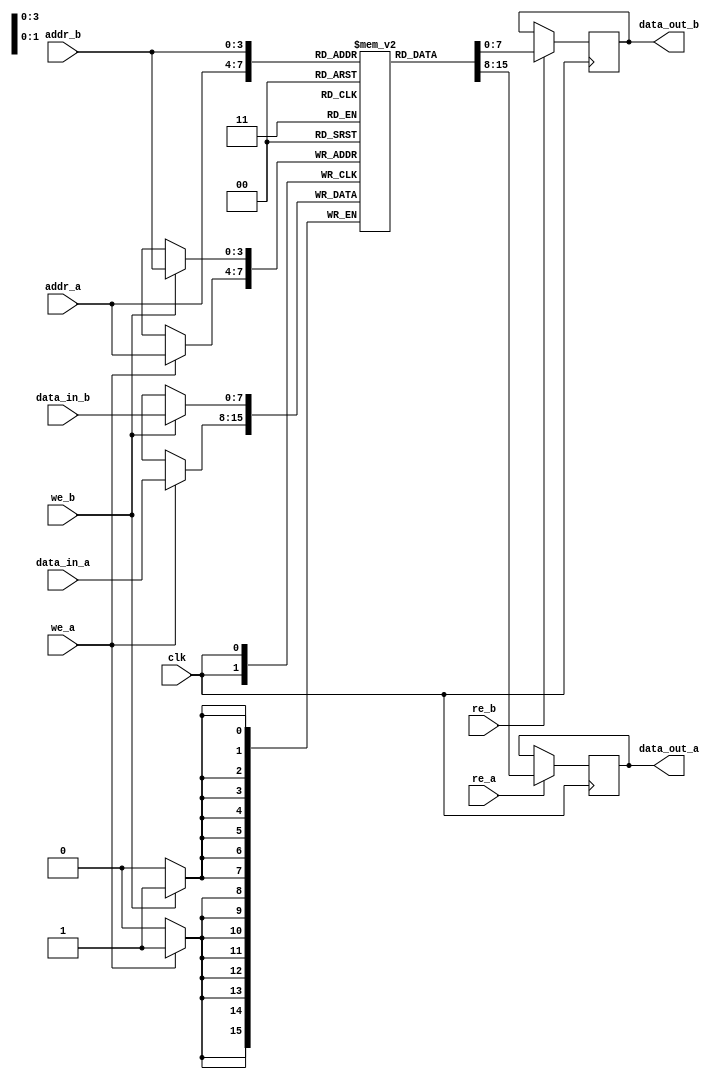
module MPSRAM #(
    parameter DATA_WIDTH = 8,    // Width of the data bus
    parameter ADDR_WIDTH = 4,     // Width of the address bus
    parameter DEPTH = 1 << ADDR_WIDTH // Depth of the memory array
)(
    input wire clk,                // Clock signal
    input wire [ADDR_WIDTH-1:0] addr_a, // Address for Port A
    input wire [ADDR_WIDTH-1:0] addr_b, // Address for Port B
    input wire [DATA_WIDTH-1:0] data_in_a, // Data input for Port A
    input wire [DATA_WIDTH-1:0] data_in_b, // Data input for Port B
    input wire we_a,               // Write enable for Port A
    input wire we_b,               // Write enable for Port B
    input wire re_a,               // Read enable for Port A
    input wire re_b,               // Read enable for Port B
    output reg [DATA_WIDTH-1:0] data_out_a, // Data output for Port A
    output reg [DATA_WIDTH-1:0] data_out_b  // Data output for Port B
);

    // Memory array declaration
    reg [DATA_WIDTH-1:0] mem_array [0:DEPTH-1];

    // Port A read/write logic
    always @(posedge clk) begin
        if (we_a) begin
            mem_array[addr_a] <= data_in_a; // Write data to memory
        end
        if (re_a) begin
            data_out_a <= mem_array[addr_a]; // Read data from memory
        end
    end

    // Port B read/write logic
    always @(posedge clk) begin
        if (we_b) begin
            mem_array[addr_b] <= data_in_b; // Write data to memory
        end
        if (re_b) begin
            data_out_b <= mem_array[addr_b]; // Read data from memory
        end
    end

endmodule